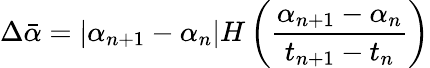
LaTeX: \Delta\bar{\alpha}=\left|\alpha_{n+1}-\alpha_{n}\right|H\left(\frac{\alpha_{n+1}-\alpha_{n}}{t_{n+1}-t_{n}}\right)